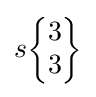
s{\begin{Bmatrix}3\\3\end{Bmatrix}}